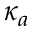
\kappa _ { a }